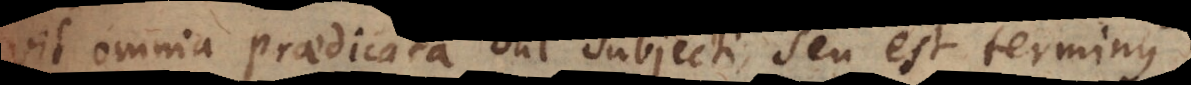
vit omnia praedicata sui subjecti, seu est terminus